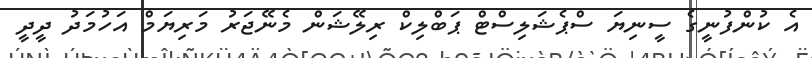
އެ ކުންފުނީގެ ސީނިޔަ ސްޕެޝަލިސްޓް ޕަބްލިކް ރިލޭޝަން މެނޭޖަރު މަރިޔަމް އަހުމަދު ދީދީ